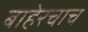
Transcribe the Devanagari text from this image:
बाहेरचाच